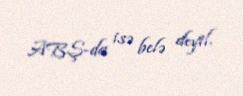
ABŞ-da isə belə deyil.